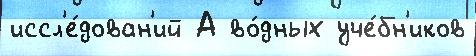
иссл'е́дован'ий А во́дных уче́бн'иков